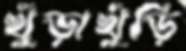
খুঁড়াখুঁড়ি